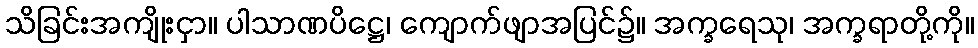
သိခြင်းအကျိုးငှာ။ ပါသာဏပိဋ္ဌေ၊ ကျောက်ဖျာအပြင်၌။ အက္ခရေသု၊ အက္ခရာတို့ကို။